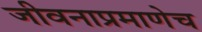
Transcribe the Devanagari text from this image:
जीवनाप्रमाणेच